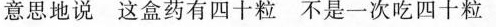
意思地说 这盒药有四十粒 不是一次吃四十粒